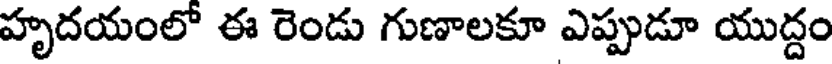
హృదయంలో ఈ రెండు గుణాలకూ ఎప్పుడూ యుద్దం